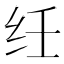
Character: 纴